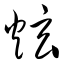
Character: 炫